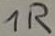
Text: 1R